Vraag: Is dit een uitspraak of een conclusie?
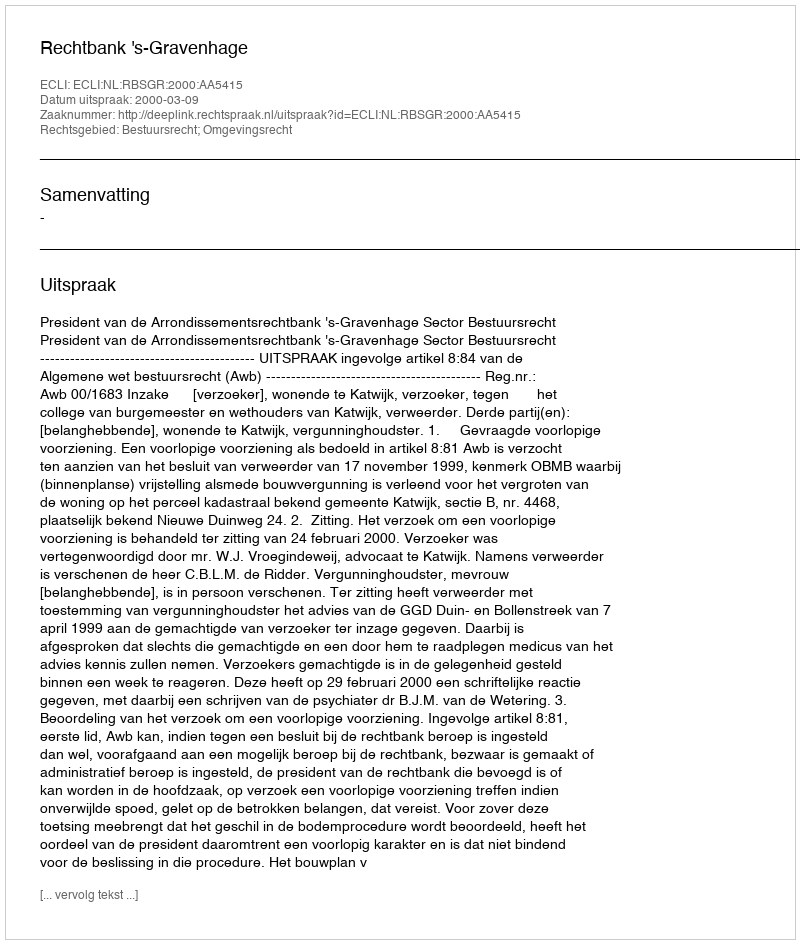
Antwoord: Uitspraak